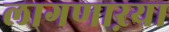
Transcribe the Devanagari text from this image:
लागणाऱया